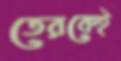
তেরকেই